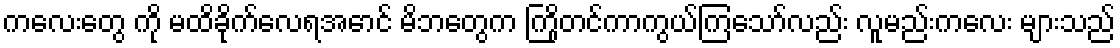
ကလေးတွေ ကို မထိခိုက်လေရအောင် မိဘတွေက ကြိုတင်ကာကွယ်ကြသော်လည်း လူမည်းကလေး များသည်